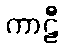
ကာဠီ